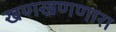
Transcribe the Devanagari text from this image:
खणखणणारा